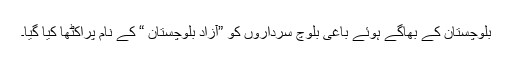
بلوچستان کے بھاگے ہوئے باغی بلوچ سرداروں کو ”آزاد بلوچستان “ کے نام پراکٹھا کیا گیا۔